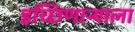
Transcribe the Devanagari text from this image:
इच्छिणाऱ्याला